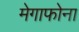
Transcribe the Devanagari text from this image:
मेगाफोना